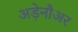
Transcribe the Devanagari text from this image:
अड़ेनौअर